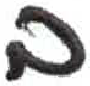
אות: ב